341_110448_Records_Relating_to_the_Collection_and_Dissemination_of_Intelligence_1948-1955-TS_CONT_No.2_2-5300-2-5399
Agency: Department of War
Incident date: 11/8/48
Incident location: Netherlands
Page 4
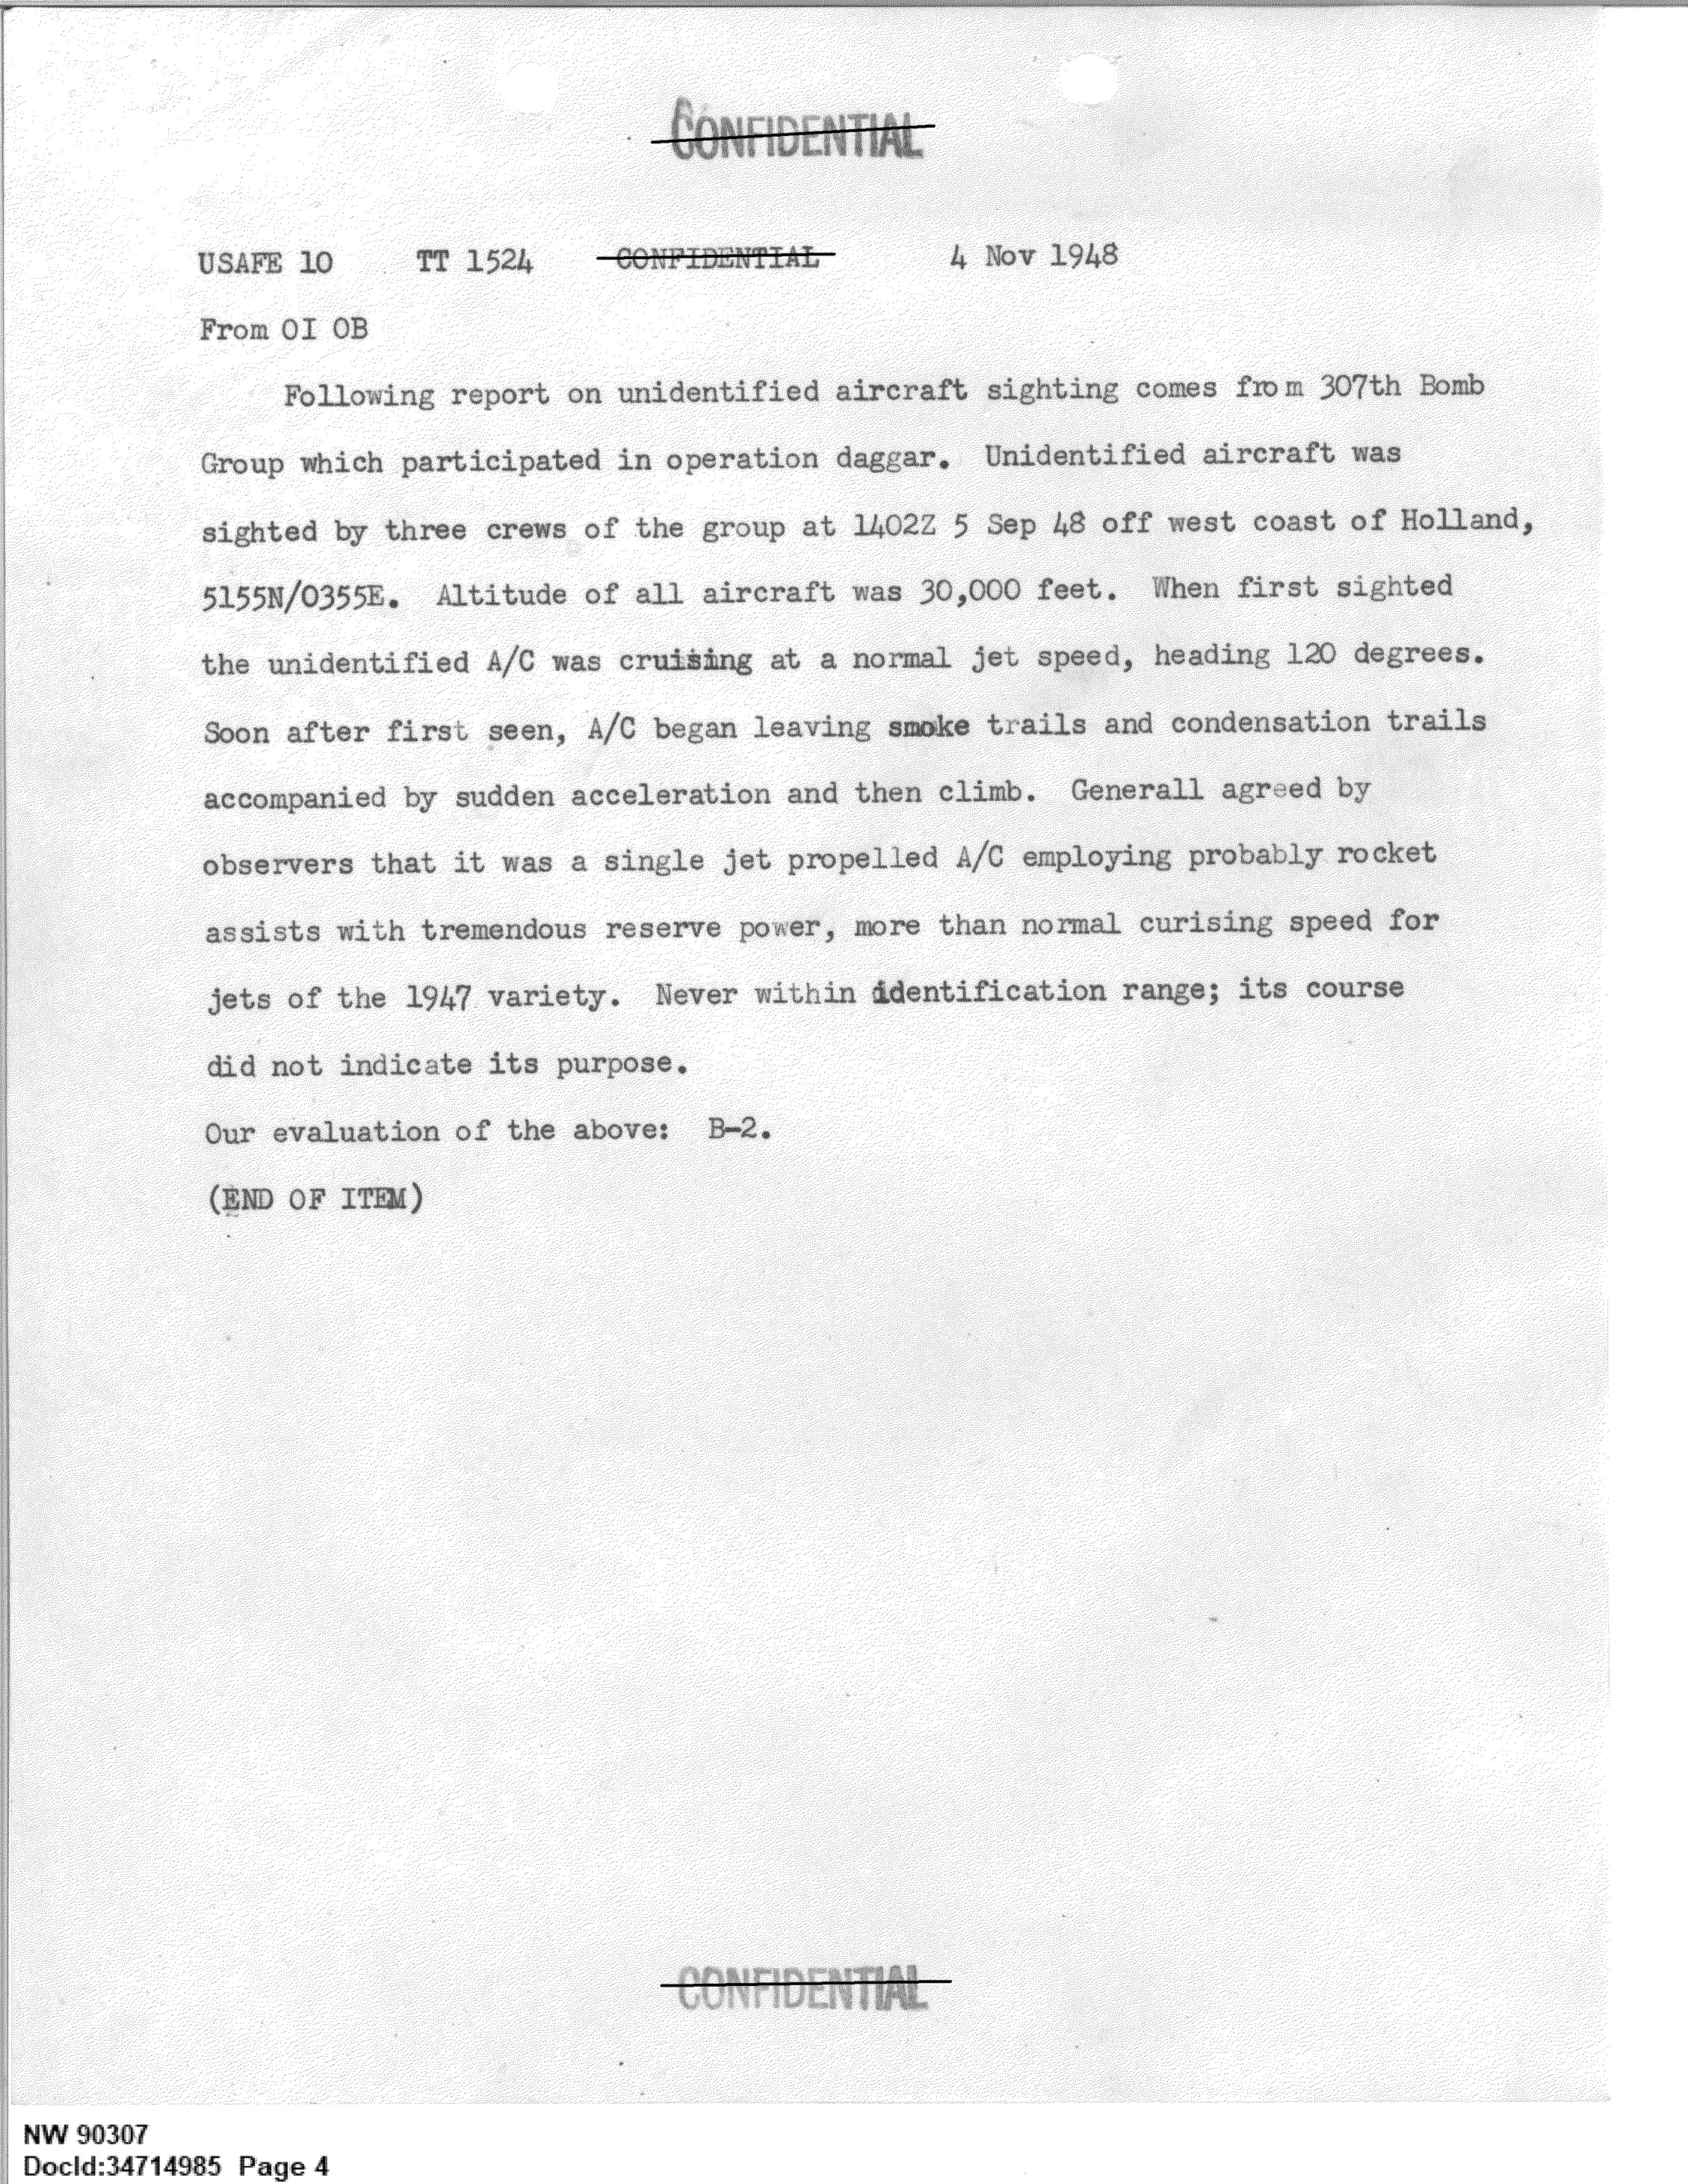